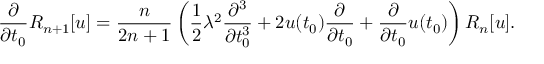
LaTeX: \frac { \partial } { \partial t _ { 0 } } R _ { n + 1 } [ u ] = \frac { n } { 2 n + 1 } \left( \frac { 1 } { 2 } \lambda ^ { 2 } \frac { \partial ^ { 3 } } { \partial t _ { 0 } ^ { 3 } } + 2 u ( t _ { 0 } ) \frac { \partial } { \partial t _ { 0 } } + \frac { \partial } { \partial t _ { 0 } } u ( t _ { 0 } ) \right) R _ { n } [ u ] .